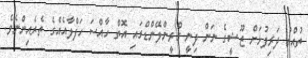
ތުއްތު ދަރިފުޅަށް ޒޫޝީގެ ނަން ދިނީ ގްރީންލޭންޑްގައި އޮތް ހާއްސަ ހަފްލާއެއްގެ ތެރެއިންނެވެ.